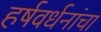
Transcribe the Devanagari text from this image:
हर्षवर्धनांचा